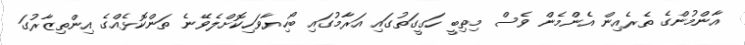
އާންމުންގެ ތެރެއިން އެންމެން ވެސް މިތިބީ ހަގީގަތުގައި އަރާމުގައި ބޯހިޔާވަހިކޮށްލެވޭނެ ތަންކޮޅެއްގެ އިންތިޒާރުގަ